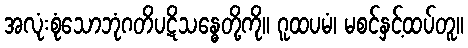
အလုံးစုံသောဘုံဂတိပဋိသန္ဓေတို့ကို။ ဂူထပမံ၊ မစင်နှင့်ထပ်တူ။